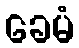
ခေမံ